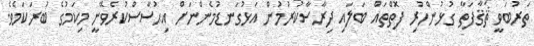
ތަރުބަވީ ޘަޤާފަތާ ގުޅުންހުރި ފޮތްތައް ބަލައި ދިރާސާކުރުމުން އަޅުގަނޑުމެންނަށް އިޙުސާސްކުރެވޭނީ މިކަމުގެ ބުރަކަމެވެ.